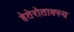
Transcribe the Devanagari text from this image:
हेतेरोताक्स्य